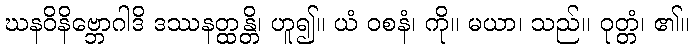
ဃနဝိနိဗ္ဘောဂါဒိ ဒဿနတ္ထန္တိ၊ ဟူ၍။ ယံ ဝစနံ၊ ကို။ မယာ၊ သည်။ ဝုတ္တံ၊ ၏။